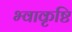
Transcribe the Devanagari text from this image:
भ्वाकृष्टि